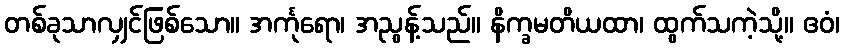
တစ်ခုသာလျှင်ဖြစ်သော။ အင်္ကုရော၊ အညွန့်သည်။ နိက္ခမတိယထာ၊ ထွက်သကဲ့သို့။ ဧဝံ၊